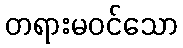
တရားမဝင်သော